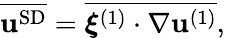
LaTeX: \overline{{\mathbf{u}^{\textnormal{SD}}}}=\overline{{\boldsymbol{\xi}^{(1)}\cdot\nabla\mathbf{u}^{(1)}}},